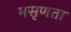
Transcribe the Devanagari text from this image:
मसृणता